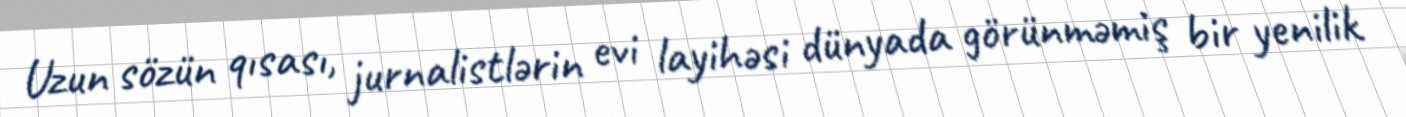
Uzun sözün qısası, jurnalistlərin evi layihəsi dünyada görünməmiş bir yenilik